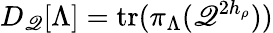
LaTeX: D_{\mathscr{Q}}[\Lambda]=\mathrm{{tr}}(\pi_{\Lambda}(\mathscr{Q}^{2h_{\rho}}))